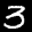
Label: 3